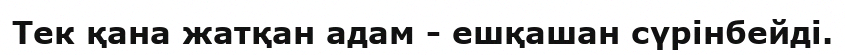
Тек қана жатқан адам - ешқашан сүрінбейді.